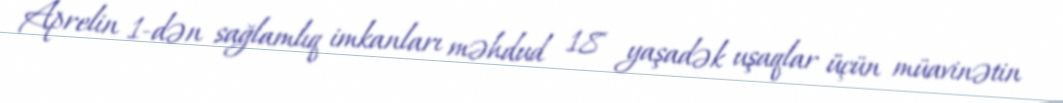
Aprelin 1-dən sağlamlıq imkanları məhdud 18 yaşadək uşaqlar üçün müavinətin